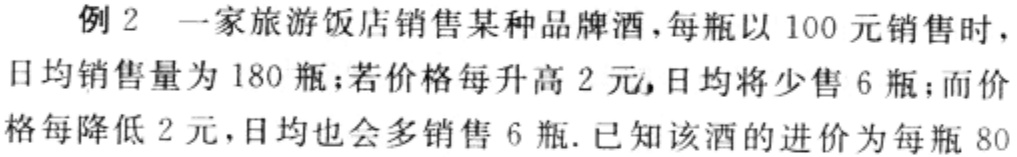
例2 一家旅游饭店销售某种品牌酒，每瓶以100元销售时，日均销售量为180瓶；若价格每升高2 元，日均将少售6瓶；而价格每降低2元，日均也会多销售6瓶. 已知该酒的进价为每瓶80